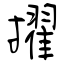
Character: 擢